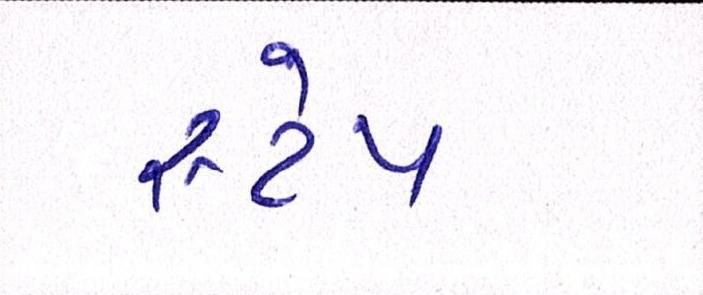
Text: સ્ટેપ